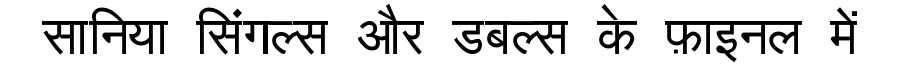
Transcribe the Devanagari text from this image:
सानिया सिंगल्स और डबल्स के फ़ाइनल में